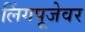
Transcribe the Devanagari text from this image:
लिंगपूजेवर